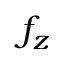
f _ { z }